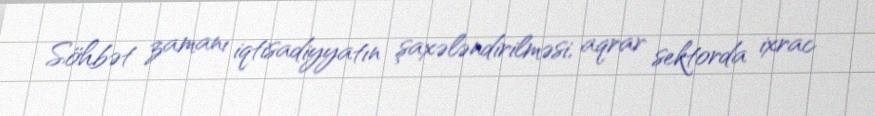
Söhbət zamanı iqtisadiyyatın şaxələndirilməsi, aqrar sektorda ixrac